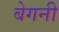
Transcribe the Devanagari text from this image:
बेगनी